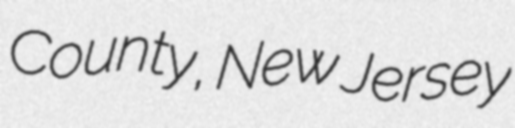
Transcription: County, New Jersey